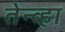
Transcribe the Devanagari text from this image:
तेन्व्हा